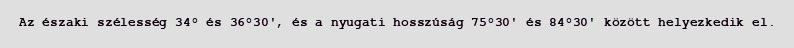
Az északi szélesség 34° és 36°30', és a nyugati hosszúság 75°30' és 84°30' között helyezkedik el.